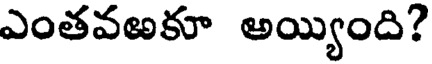
ఎంతవఱకూ అయ్యింది?